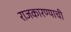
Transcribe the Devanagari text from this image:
राजकारण्याची